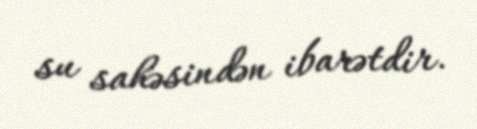
su sahəsindən ibarətdir.